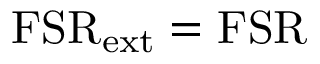
\mathrm { F S R } _ { \mathrm { e x t } } = \mathrm { F S R }